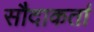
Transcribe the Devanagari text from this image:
सौदाकर्ता